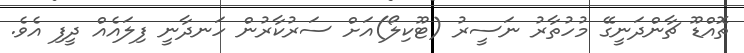
ތޮއްޑޫ ޗާންދަނީގޭ މުހުތާރު ނަސީރު (ޓޫކިލޯ)އަށް ސަރުކާރުން ހަނދާނީ ފިލައެއް ދީފި އެވެ.